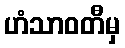
ဟံသာဝတီမှ